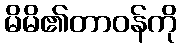
မိမိ၏တာဝန်ကို